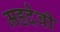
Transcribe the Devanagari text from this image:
महदेवी